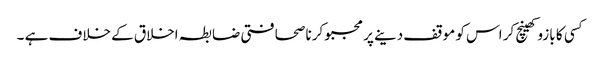
کسی کا بازو کھینچ کر اس کو موقف دینے پر مجبو کرنا صحافتی ضابطہ اخلاق کے خلاف ہے ۔